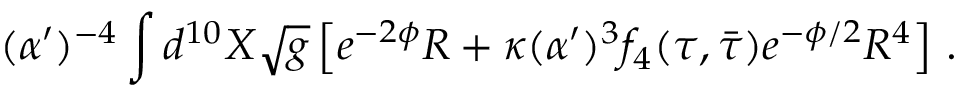
( \alpha ^ { \prime } ) ^ { - 4 } \int d ^ { 1 0 } X \sqrt { g } \left[ e ^ { - 2 \phi } R + \kappa ( \alpha ^ { \prime } ) ^ { 3 } f _ { 4 } ( \tau , \bar { \tau } ) e ^ { - \phi / 2 } { \cal R } ^ { 4 } \right] \, .